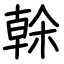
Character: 榦